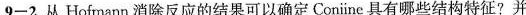
9-2.从 Hofmann 消除反应的结果可以确定 Coniine 具有哪些结构特征?并